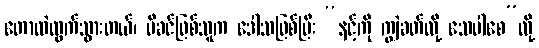
တောထဲထွက်သွားတယ်၊ မိခင်ဖြစ်သူက ဒေါသဖြစ်ပြီး “နင့်ကို ကျွဲခတ်လို့ သေပါစေ”လို့